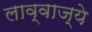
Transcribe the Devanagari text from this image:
लाव्वाज्ये